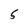
Character: 5